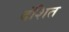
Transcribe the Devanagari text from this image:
दंशित